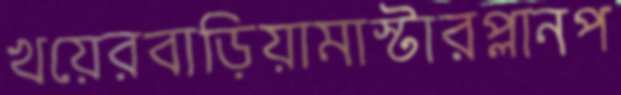
খয়েরবাড়িয়ামাস্টারপ্লানপ